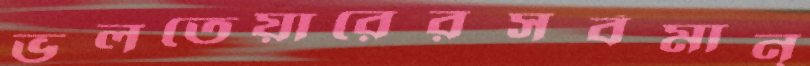
ভলতেয়ারেরসর্বমান্